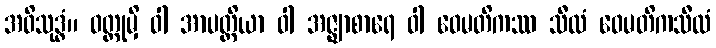
အဝိသုဒ္ဓံ။ ဝတ္ထုမှိ ဝါ အာပတ္တိယာ ဝါ အဇ္ဈာစာရေ ဝါ ဝေမတိကဿ သီလံ ဝေမတိကသီလံ